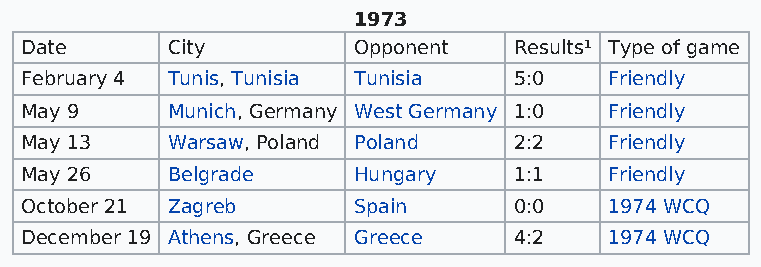
1973
 Date      City        Opponent   Results¹ Type of game
 February 4 Tunis, Tunisia Tunisia 5:0  Friendly
 May 9     Munich, Germany West Germany 1:0 Friendly
 May 13    Warsaw, Poland Poland  2:2   Friendly
 May 26    Belgrade    Hungary    1:1   Friendly
 October 21 Zagreb     Spain      0:0   1974 WCQ
 December 19 Athens, Greece Greece 4:2  1974 WCQ